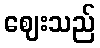
ဈေးသည်